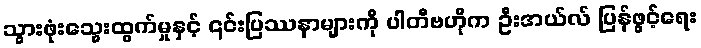
သွားဖုံးသွေးထွက်မှုနှင့် ၎င်းပြဿနာများကို ပါတီဗဟိုက ဦးအယ်လ် ပြန်ဖွင့်ရေး